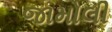
જામોલી